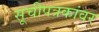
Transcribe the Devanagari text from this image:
सूचीपत्रकांवर